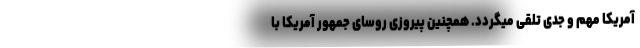
آمریکا مهم و جدی تلقی میگردد. همچنین پیروزی روسای جمهور آمریکا با